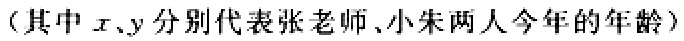
（其中\(x、y\)分别代表张老师、小朱两人今年的年龄）